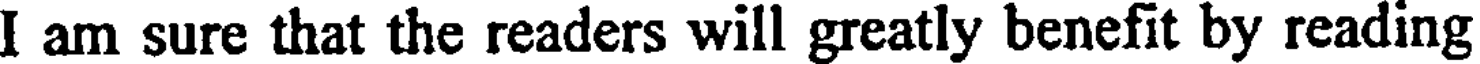
I am sure that the readers will greatly benefit by reading